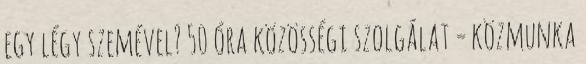
egy légy szemével? 50 óra közösségi szolgálat = közmunka